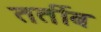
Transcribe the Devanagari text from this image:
तर्तीब